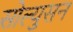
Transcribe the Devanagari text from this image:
सोल्युसन